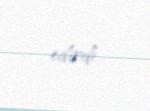
edirdi.